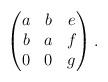
LaTeX: \begin{align*}\begin{pmatrix} a & b & e \\ b & a & f \\ 0 & 0 & g \end{pmatrix}.\end{align*}